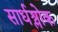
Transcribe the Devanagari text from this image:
सार्धश्लोक